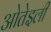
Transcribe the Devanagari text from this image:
ओतेइली